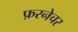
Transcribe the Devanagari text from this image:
फ़रनेचर